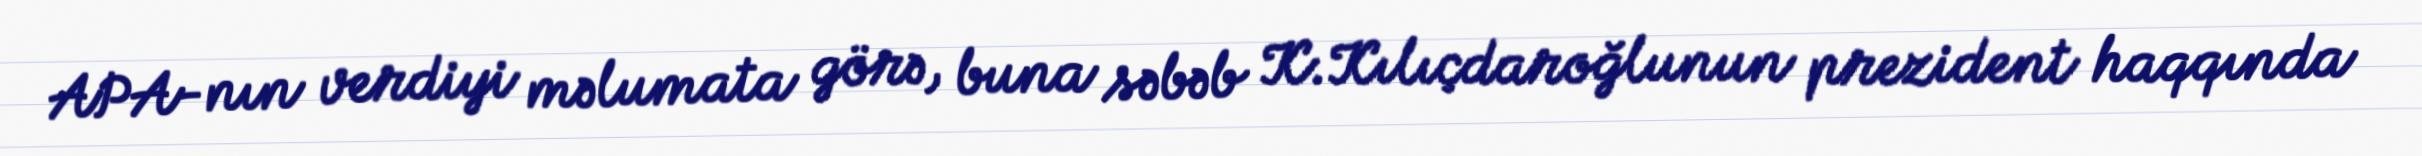
APA-nın verdiyi məlumata görə, buna səbəb K.Kılıçdaroğlunun prezident haqqında